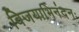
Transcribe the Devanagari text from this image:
विजयाभिनंदनः